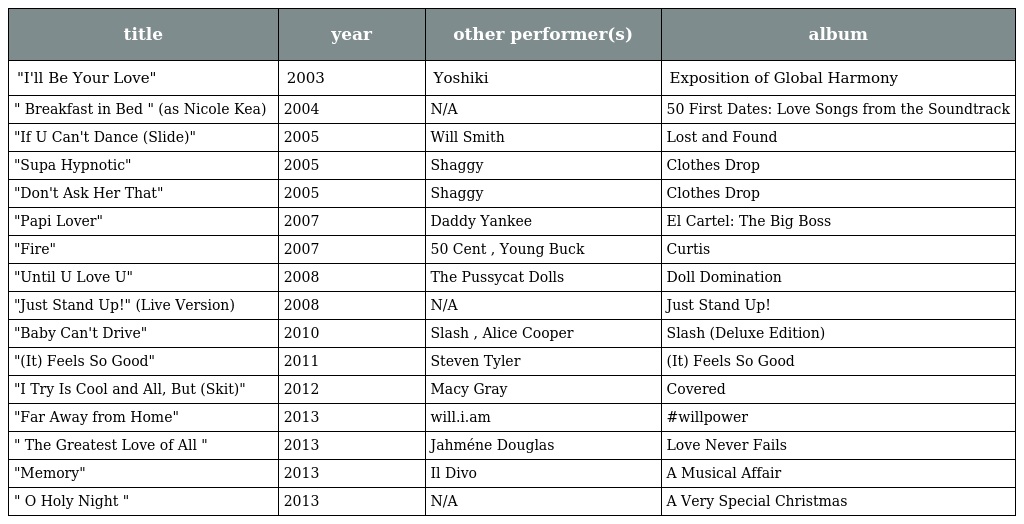
| title | year | other performer(s) | album |
 | --- | --- | --- | --- |
 | "I'll Be Your Love" | 2003 | Yoshiki | Exposition of Global Harmony |
 | " Breakfast in Bed " (as Nicole Kea) | 2004 | N/A | 50 First Dates: Love Songs from the Soundtrack |
 | "If U Can't Dance (Slide)" | 2005 | Will Smith | Lost and Found |
 | "Supa Hypnotic" | 2005 | Shaggy | Clothes Drop |
 | "Don't Ask Her That" | 2005 | Shaggy | Clothes Drop |
 | "Papi Lover" | 2007 | Daddy Yankee | El Cartel: The Big Boss |
 | "Fire" | 2007 | 50 Cent , Young Buck | Curtis |
 | "Until U Love U" | 2008 | The Pussycat Dolls | Doll Domination |
 | "Just Stand Up!" (Live Version) | 2008 | N/A | Just Stand Up! |
 | "Baby Can't Drive" | 2010 | Slash , Alice Cooper | Slash (Deluxe Edition) |
 | "(It) Feels So Good" | 2011 | Steven Tyler | (It) Feels So Good |
 | "I Try Is Cool and All, But (Skit)" | 2012 | Macy Gray | Covered |
 | "Far Away from Home" | 2013 | will.i.am | #willpower |
 | " The Greatest Love of All " | 2013 | Jahméne Douglas | Love Never Fails |
 | "Memory" | 2013 | Il Divo | A Musical Affair |
 | " O Holy Night " | 2013 | N/A | A Very Special Christmas |